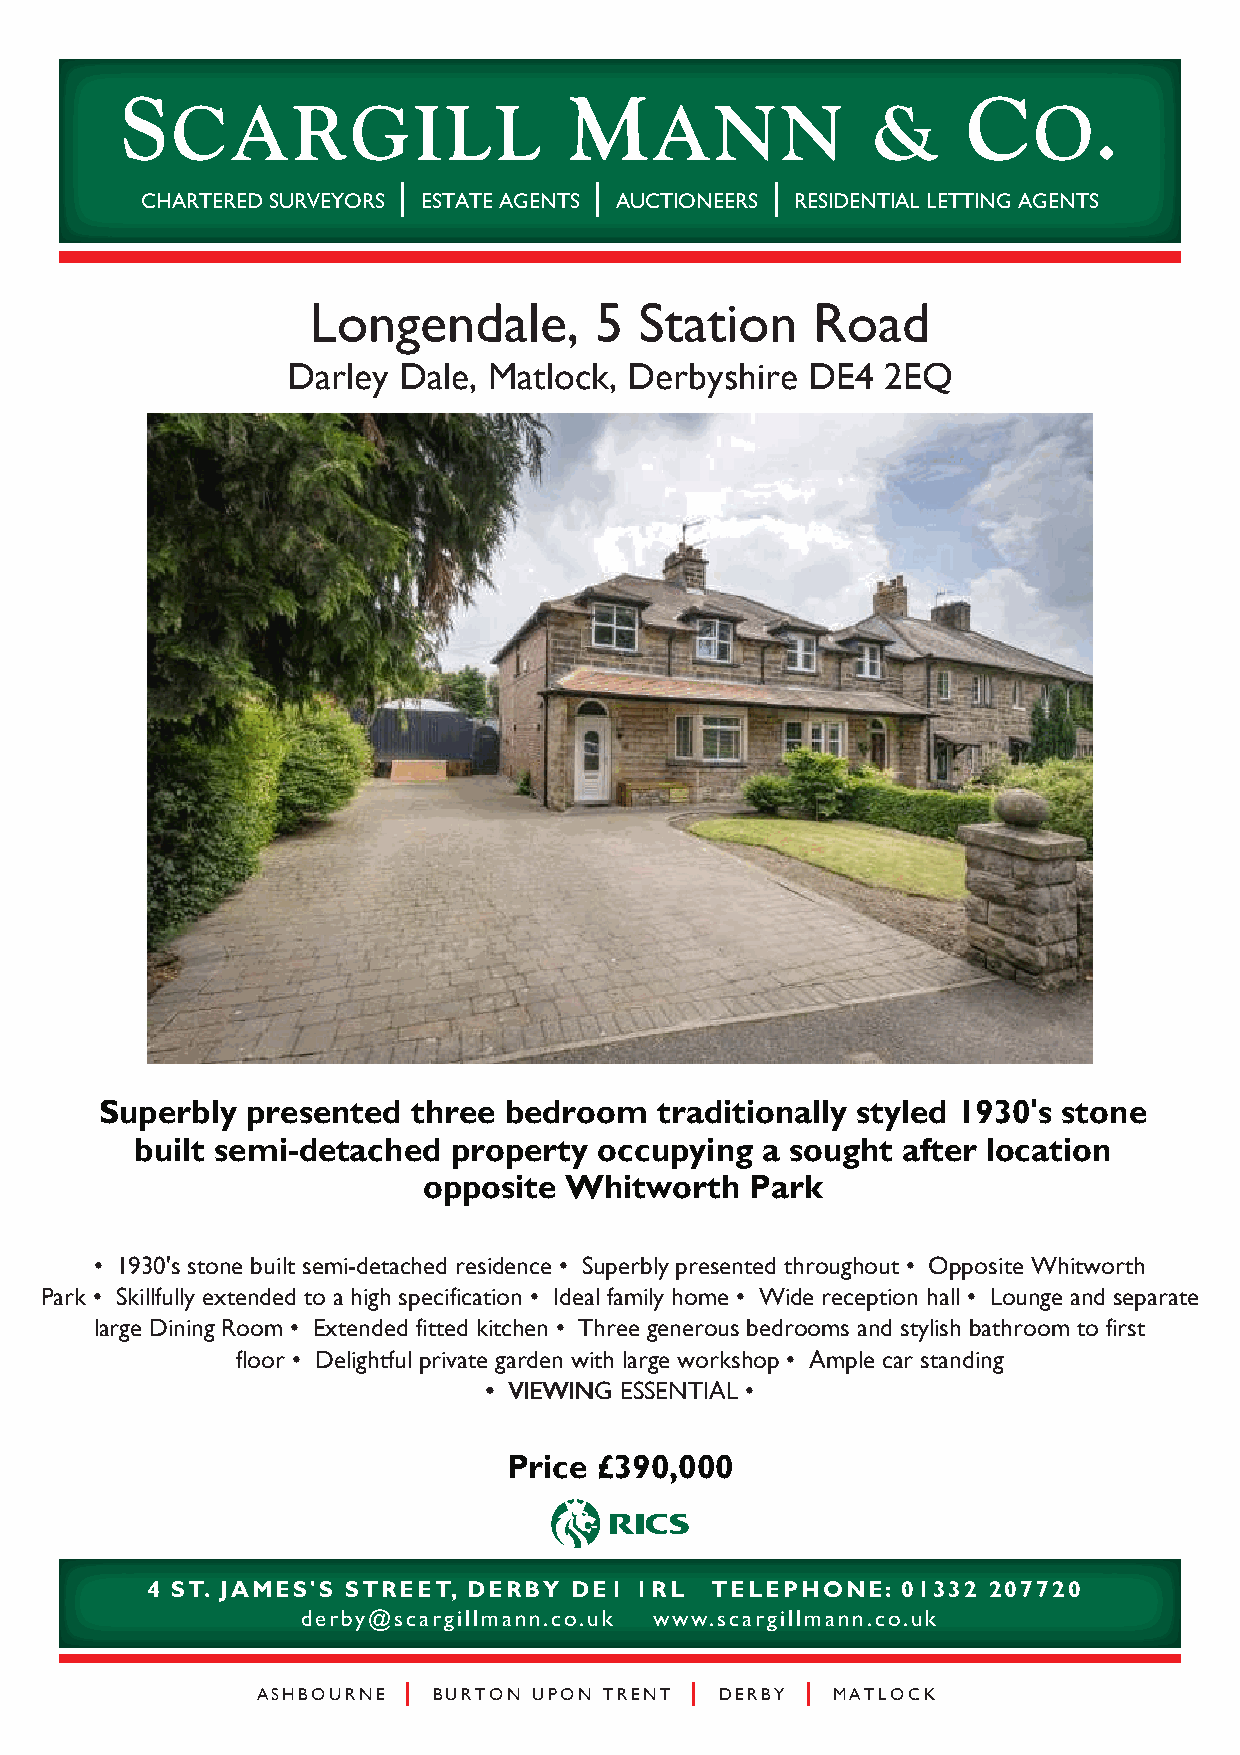
S                             M                         C
 CARGILL                         ANN            &         O.
 |            |           |
 CHARTERED SURVEYORS ESTATE AGENTS AUCTIONEERS RESIDENTIAL LETTING AGENTS
 Longendale,        5  Station     Road
 Darley Dale, Matlock,  Derbyshire DE4   2EQ
 Superbly presented  three bedroom    traditionally styled 1930's stone
 built semi-detached  property  occupying a sought  after location
 opposite Whitworth    Park
 • 1930's stone built semi-detached residence • Superbly presented throughout • Opposite Whitworth
 Park • Skillfully extended to a high specification • Ideal family home • Wide reception hall • Lounge and separate
 large Dining Room • Extended fitted kitchen • Three generous bedrooms and stylish bathroom to first
 floor • Delightful private garden with large workshop • Ample car standing
 •••• VVVVIIIIEEEEWWWWIIIINNNNGGGG EEEESSSSSSSSEEEENNNNTTTTIIIIAAAALLLL ••••
 Price £390,000
 4 ST. JAMES'S STREET, DERBY DE1 1RL  TELEPHONE:   01332 207720
 derby@scargillmann.co.uk www.scargillmann.co.uk
 ASHBOURNE | BURTON UPON TRENT | DERBY | MATLOCK